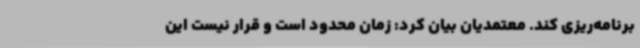
برنامه‌ریزی کند. معتمدیان بیان کرد: زمان محدود است و قرار نیست این